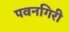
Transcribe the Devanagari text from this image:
पवनगिरी